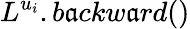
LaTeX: L^{u_{i}}.b\mathfrak{a}ckw\mathfrak{a}rd()